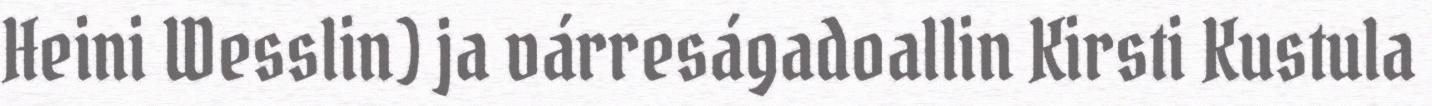
Heini Wesslin) ja várreságadoallin Kirsti Kustula